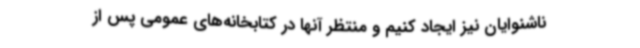
ناشنوایان نیز ایجاد کنیم و منتظر آنها در کتابخانه‌های عمومی پس از